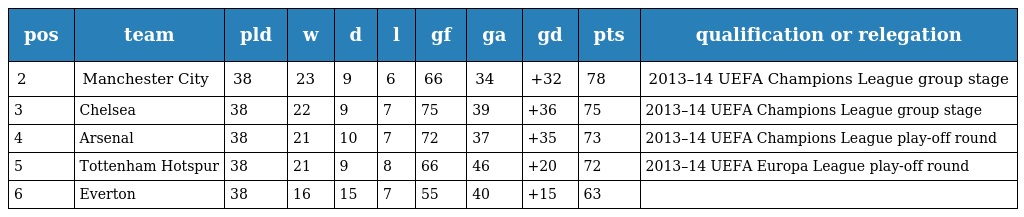
| pos | team | pld | w | d | l | gf | ga | gd | pts | qualification or relegation |
 | --- | --- | --- | --- | --- | --- | --- | --- | --- | --- | --- |
 | 2 | Manchester City | 38 | 23 | 9 | 6 | 66 | 34 | +32 | 78 | 2013–14 UEFA Champions League group stage |
 | 3 | Chelsea | 38 | 22 | 9 | 7 | 75 | 39 | +36 | 75 | 2013–14 UEFA Champions League group stage |
 | 4 | Arsenal | 38 | 21 | 10 | 7 | 72 | 37 | +35 | 73 | 2013–14 UEFA Champions League play-off round |
 | 5 | Tottenham Hotspur | 38 | 21 | 9 | 8 | 66 | 46 | +20 | 72 | 2013–14 UEFA Europa League play-off round |
 | 6 | Everton | 38 | 16 | 15 | 7 | 55 | 40 | +15 | 63 |  |